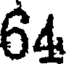
64